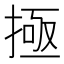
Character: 𫽄